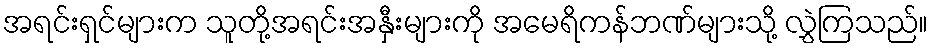
အရင်းရှင်များက သူတို့အရင်းအနှီးများကို အမေရိကန်ဘဏ်များသို့ လွှဲကြသည်။